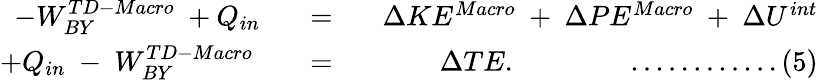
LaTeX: \begin{array}{rlr}{-W_{BY}^{TD-Macro}\space+Q_{in}}&{\space\space=\space\space}&{\Delta KE^{Macro}\space+\space\Delta PE^{Macro}\space+\space\Delta U^{int}}\\ {+Q_{in}\space-\space W_{BY}^{TD-Macro}\space}&{\space\space=\space\space}&{\Delta TE.\qquad\qquad............(5)}\end{array}